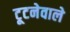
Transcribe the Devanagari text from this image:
टूटनेवाले